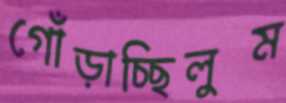
গোঁড়াচ্ছিলুম